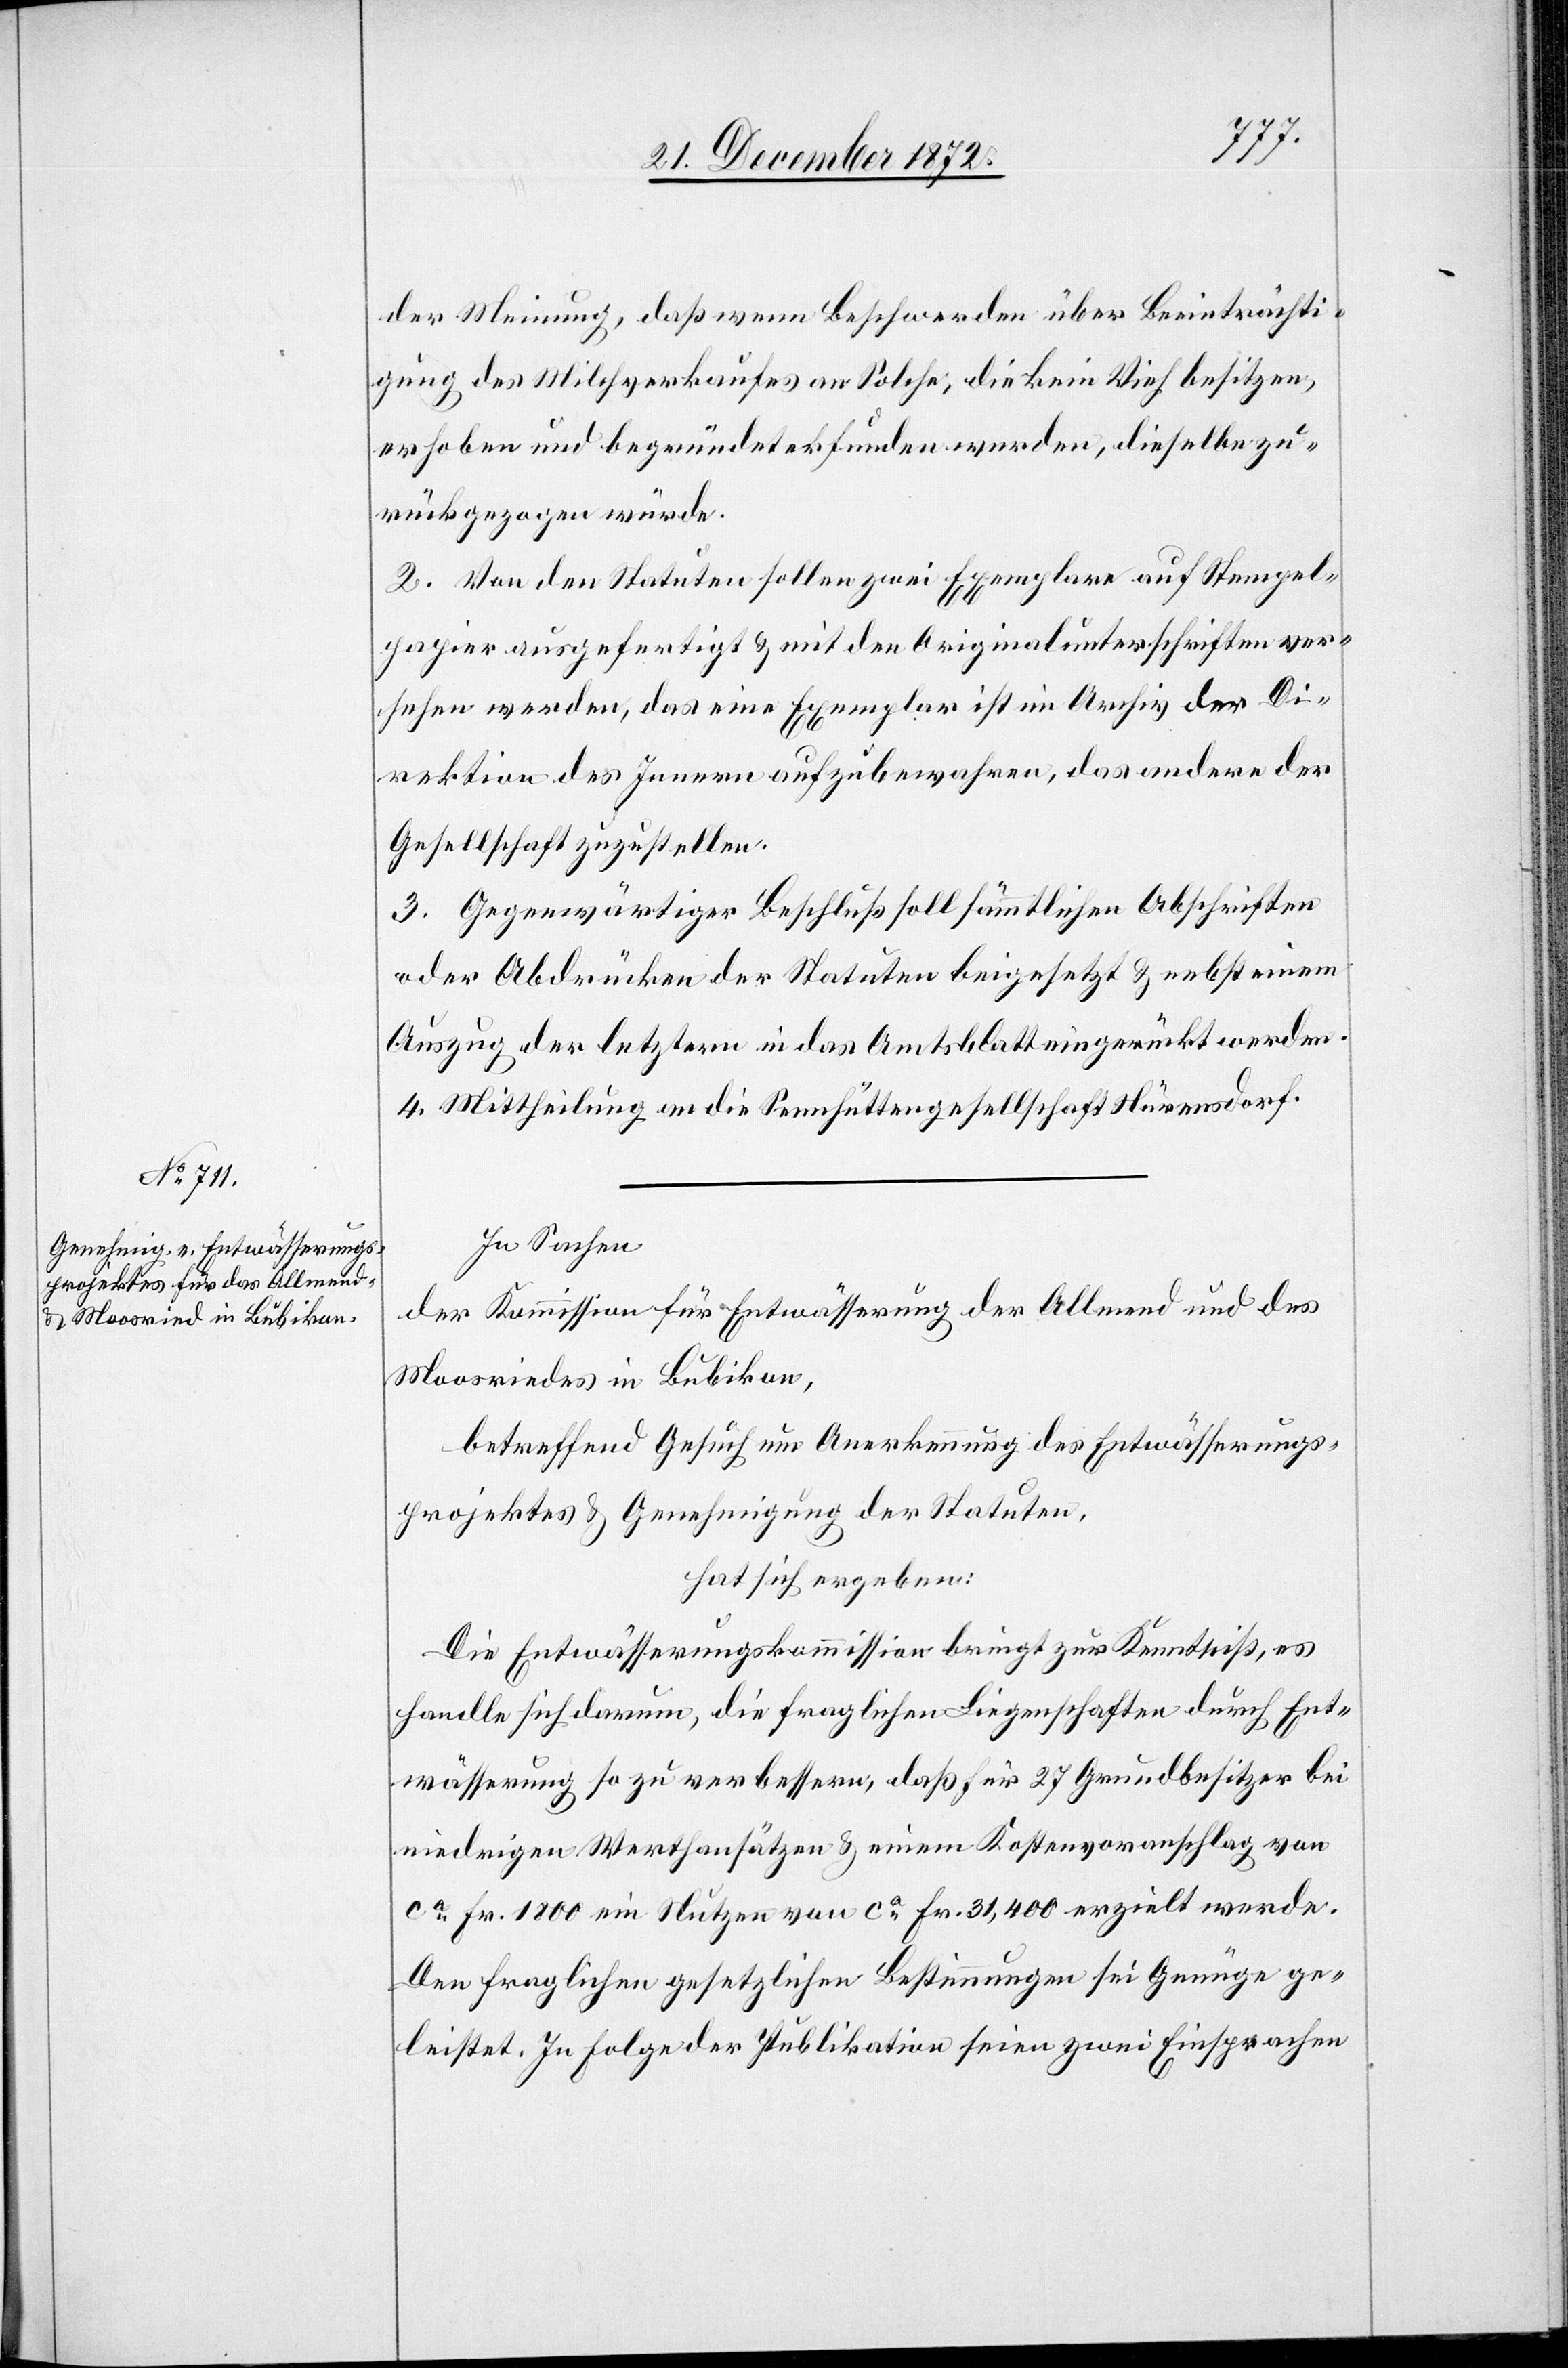
der Meinung, daß wenn Beschwerden über Beeinträchti¬
gung des Milchverkaufes an Solche, die kein Vieh besitzen,
erhoben und begründet erfunden werden, dieselbe zu¬
rückgezogen würde.
2. Von den Statuten sollen zwei Exemplare auf Stempel¬
papier ausgefertigt u. mit den Originalunterschriften ver¬
sehen werden, das eine Exemplar ist im Archiv der Di¬
rektion des Innern aufzubewahren, das andere der
Gesellschaft zuzustellen.
3. Gegenwärtiger Beschluß soll sämmtlichen Abschriften
oder Abdrücken der Statuten beigesetzt u. nebst einem
Auszug der letztern in das Amtsblatt eingerückt werden.
4. Mittheilung an die Sennhüttengesellschaft Nürensdorf.
In Sachen
der Kommission für Entwässerung der Allmend und des
Moosriedes in Bubikon,
betreffend Gesuch um Anerkennung des Entwässerungs¬
projektes u. Genehmigung der Statuten,
hat sich ergeben:
Die Entwässerungskommission bringt zur Kenntniß, es
handle sich darum, die fraglichen Liegenschaften durch Ent¬
wässerung so zu verbessern, daß für 27 Grundbesitzer bei
niedrigen Werthansätzen u. einem Kostenvoranschlag von
ca Fr. 1800 ein Nutzen von ca Fr. 31,400 erzielt werde.
Den fraglichen gesetzlichen Bestimmungen sei Genüge ge¬
leistet. In Folge der Publikation seien zwei Einsprachen